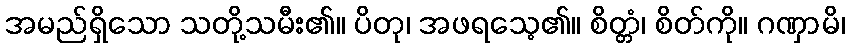
အမည်ရှိသော သတို့သမီး၏။ ပိတု၊ အဖရသေ့၏။ စိတ္တံ၊ စိတ်ကို။ ဂဏှာမိ၊